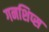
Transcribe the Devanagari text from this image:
गनशिप्स